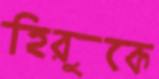
হিরুকে